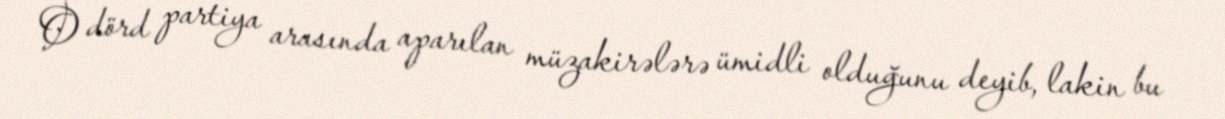
O dörd partiya arasında aparılan müzakirələrə ümidli olduğunu deyib, lakin bu